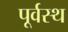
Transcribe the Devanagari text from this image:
पूर्वस्थ